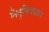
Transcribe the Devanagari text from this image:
निवृत्तिप्रधान